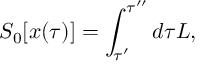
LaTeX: S _ { 0 } [ x ( \tau ) ] = \int _ { \tau ^ { \prime } } ^ { \tau ^ { \prime \prime } } d \tau L ,